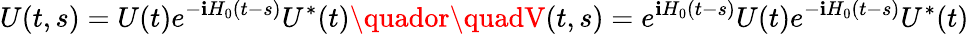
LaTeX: U(t,s)=U(t)e^{-\mathbf{i}H_{0}(t-s)}U^{*}(t)\quador\quadV(t,s)=e^{\mathbf{i}H_{0}(t-s)}U(t)e^{-\mathbf{i}H_{0}(t-s)}U^{*}(t)